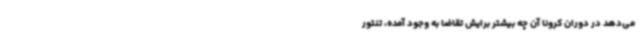
می‌دهد در دوران کرونا آن چه بیشتر برایش تقاضا به وجود آمده، تنتور